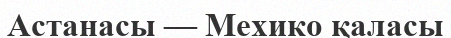
Астанасы — Мехико қаласы